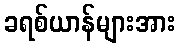
ခရစ်ယာန်များအား